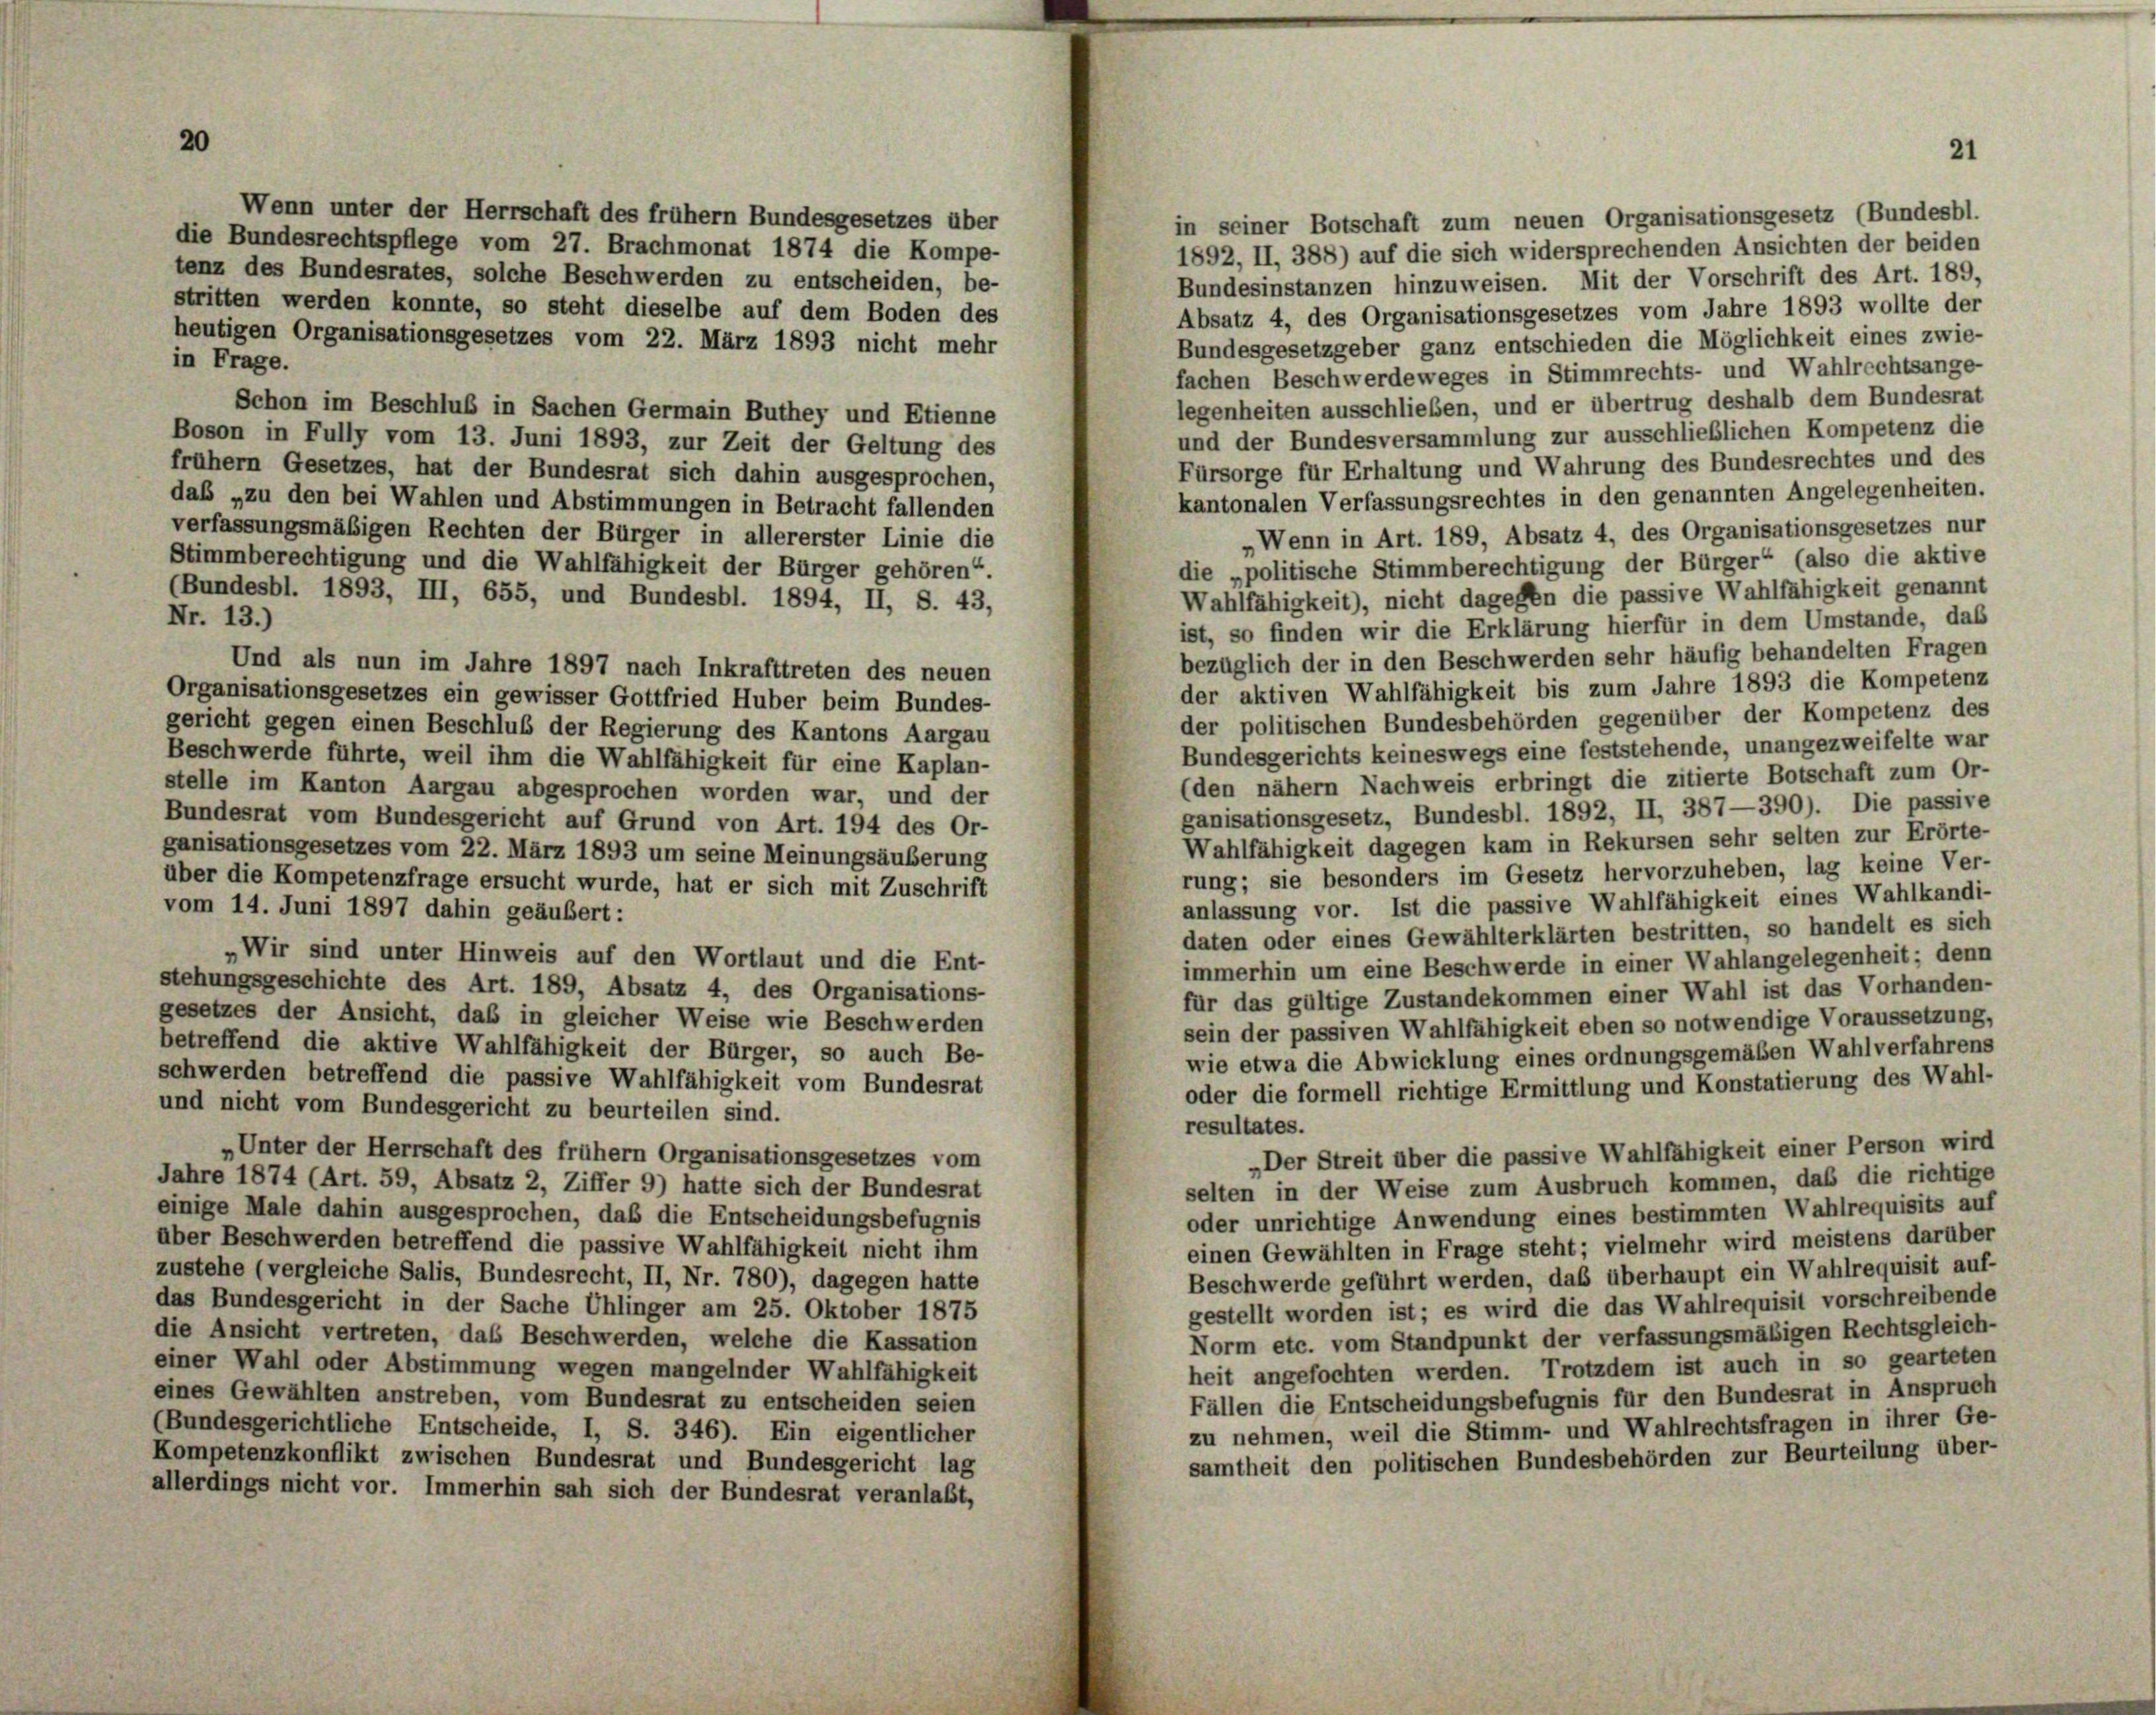
Wenn unter der Herrschaft des frühem Bundesgesetzes über
in seiner Botschaft zum neuen Organisationsgesetz (Bundesbl.
die Bundesrechtspflege vom 27. Brachmonat 1874 die Kompe-
1892, II, 388) auf die sich widersprechenden Ansichten der beiden
tenz des Bundesrates, solche Beschwerden zu entscheiden, be-
Bundesinstanzen hinzuweisen. Mit der Vorschrift des Art. 189,
stritten werden konnte, so steht dieselbe auf dem Boden des
Absatz 4, des Organisationsgesetzes vom Jahre 1893 wollte der
heutigen Organisationsgesetzes vom 22. März 1893 nicht mehr
Bundesgesetzgeber ganz entschieden die Möglichkeit eines zwie-
in Frage.
fachen Beschwerdeweges in Stimmrechts- und Wahlrechtsange-
legenheiten ausschließen, und er übertrug deshalb dem Bundesrat
Schon im Beschluß in Sachen Germain Buthey und Etienne
und der Bundesversammlung zur ausschließlichen Kompetenz die
Boson in Fully vom 13. Juni 1893, zur Zeit der Geltung des
Fürsorge für Erhaltung und Wahrung des Bundesrechtes und des
frühem Gesetzes, hat der Bundesrat sich dahin ausgesprochen,
kantonalen Verfassungsrechtes in den genannten Angelegenheiten.
das „zu den bei Wahlen und Abstimmungen in Betracht fallenden
verfassungsmäßigen Rechten der Bürger in allererster Linie die
Wenn in Art. 189, Absatz 4, des Organisationsgesetzes nur
Stimmberechtigung und die Wahlfähigkeit der Bürger gehören“.
die „politische Stimmberechtigung der Bürger“ (also die aktive
(Bundesbl. 1893, III, 655, und Bundesbl. 1894, II, S. 43,
Wahlfähigkeit), nicht dagegen die passive Wahlfähigkeit genannt
Nr. 13.)
ist, so finden wir die Erklärung hierfür in dem Umstände, das
bezüglich der in den Beschwerden sehr häufig behandelten Fragen
Und als nun im Jahre 1897 nach Inkrafttreten des neuen
der aktiven Wahlfähigkeit bis zum Jahre 1893 die Kompetenz
Organisationsgesetzes ein gewisser Gottfried Huber beim Bundes-
der politischen Bundesbehörden gegenüber der Kompetenz des
gericht gegen einen Beschluß der Regierung des Kantons Aargau
Bundesgerichts keineswegs eine feststehende, unangezweifelte war
Beschwerde führte, weil ihm die Wahlfähigkeit für eine Kaplan-
(den nähern Nachweis erbringt die zitierte Botschaft zum Or-
stelle im Kanton Aargau abgesprochen worden war, und der
ganisationsgesetz, Bundesbl. 1892, II, 387—390). Die passive
Bundesrat vom Bundesgericht auf Grund von Art. 194 des Or-
Wahlfähigkeit dagegen kam in Rekursen sehr selten zur Erörte-
ganisationsgesetzes vom 22. März 1893 um seine Meinungsäuberung
rung; sie besonders im Gesetz hervorzuheben, lag keine Ver-
über die Kompetenzfrage ersucht wurde, hat er sich mit Zuschrift
anlassung vor. Ist die passive Wahlfähigkeit eines Wahlkandi-
vom 14. Juni 1897 dahin geäubert:
daten oder eines Gewählterklärten bestritten, so handelt es sich
„Wir sind unter Hinweis auf den Wortlaut und die Ent-
immerhin um eine Beschwerde in einer Wahlangelegenheit; denn
stehungsgeschichte des Art. 189, Absatz 4, des Organisations-
für das gültige Zustandekommen einer Wahl ist das Vorhanden-
gesetzes der Ansicht, daß in gleicher Weise wie Beschwerden
sein der passiven Wahlfähigkeit eben so notwendige Voraussetzung,
betreffend die aktive Wahlfähigkeit der Bürger, so auch Be-
wie etwa die Abwicklung eines ordnungsgemäßen Wahlverfahrens
schwerden betreffend die passive Wahlfähigkeit vom Bundesrat
oder die formell richtige Ermittlung und Konstatierung des Wahl-
und nicht vom Bundesgericht zu beurteilen sind.
resultates.
„Unter der Herrschaft des frühem Organisationsgesetzes vom
„Der Streit über die passive Wahlfähigkeit einer Person wird
Jahre 1874 (Art. 59, Absatz 2, Ziffer 9) hatte sich der Bundesrat
selten in der Weise zum Ausbruch kommen, daß die richtige
einige Male dahin ausgesprochen, daß die Entscheidungsbefugnis
oder unrichtige Anwendung eines bestimmten Wahlrequisits auf
aber Beschwerden betreffend die passive Wahlfähigkeit nicht ihm
einen Gewählten in Frage steht; vielmehr wird meistens darüber
zustehe (vergleiche Salis, Bundesrecht, II, Nr. 780), dagegen hatte
Beschwerde geführt werden, daß überhaupt ein Wahlrequisit auf-
das Bundesgericht in der Sache Uhlinger am 25. Oktober 1875
gestellt worden ist; es wird die das Wahlrequisit vorschreibende
die Ansicht vertreten, das Beschwerden, welche die Kassation
Norm etc. vom Standpunkt der verfassungsmäßigen Rechtsgleich-
einer Wahl oder Abstimmung wegen mangelnder Wahlfähigkeit
heit angefochten werden. Trotzdem ist auch in so gearteten
eines Gewählten anstreben, vom Bundesrat zu entscheiden seien
Fällen die Entscheidungsbefugnis für den Bundesrat in Anspruch
(Bundesgerichtliche Entscheide, I, S. 346). Ein eigentlicher
zu nehmen, weil die Stimm- und Wahlrechtsfragen in ihrer Ge-
Kompetenzkonflikt zwischen Bundesrat und Bundesgericht lag
samtheit den politischen Bundesbehörden zur Beurteilung über-
allerdings nicht vor. Immerhin sah sich der Bundesrat veranlaßt,

21